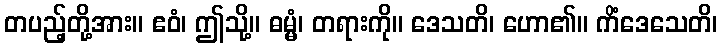
တပည့်တို့အား။ ဧဝံ၊ ဤသို့။ ဓမ္မံ၊ တရားကို။ ဒေသတိ၊ ဟော၏။ ကိံဒေသေတိ၊